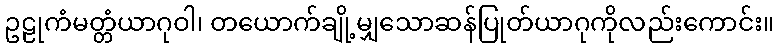
ဥဠုကံမတ္တံယာဂုဝါ၊ တယောက်ချို့မျှသောဆန်ပြုတ်ယာဂုကိုလည်းကောင်း။